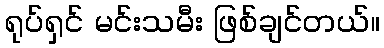
ရုပ်ရှင် မင်းသမီး ဖြစ်ချင်တယ်။